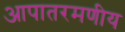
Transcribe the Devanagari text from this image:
आपातरमणीय